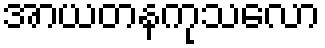
အာယတနကုသလော